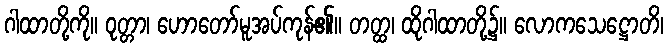
ဂါထာတို့ကို။ ဝုတ္တာ၊ ဟောတော်မူအပ်ကုန်၏။ တတ္ထ၊ ထိုဂါထာတို့၌။ လောကသေဋ္ဌောတိ၊